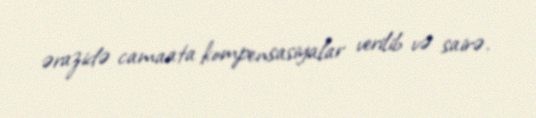
ərazidə camaata kompensasiyalar verilib və sairə.